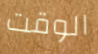
الوقت